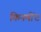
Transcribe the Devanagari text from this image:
किनमोंट